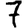
Digit: 7